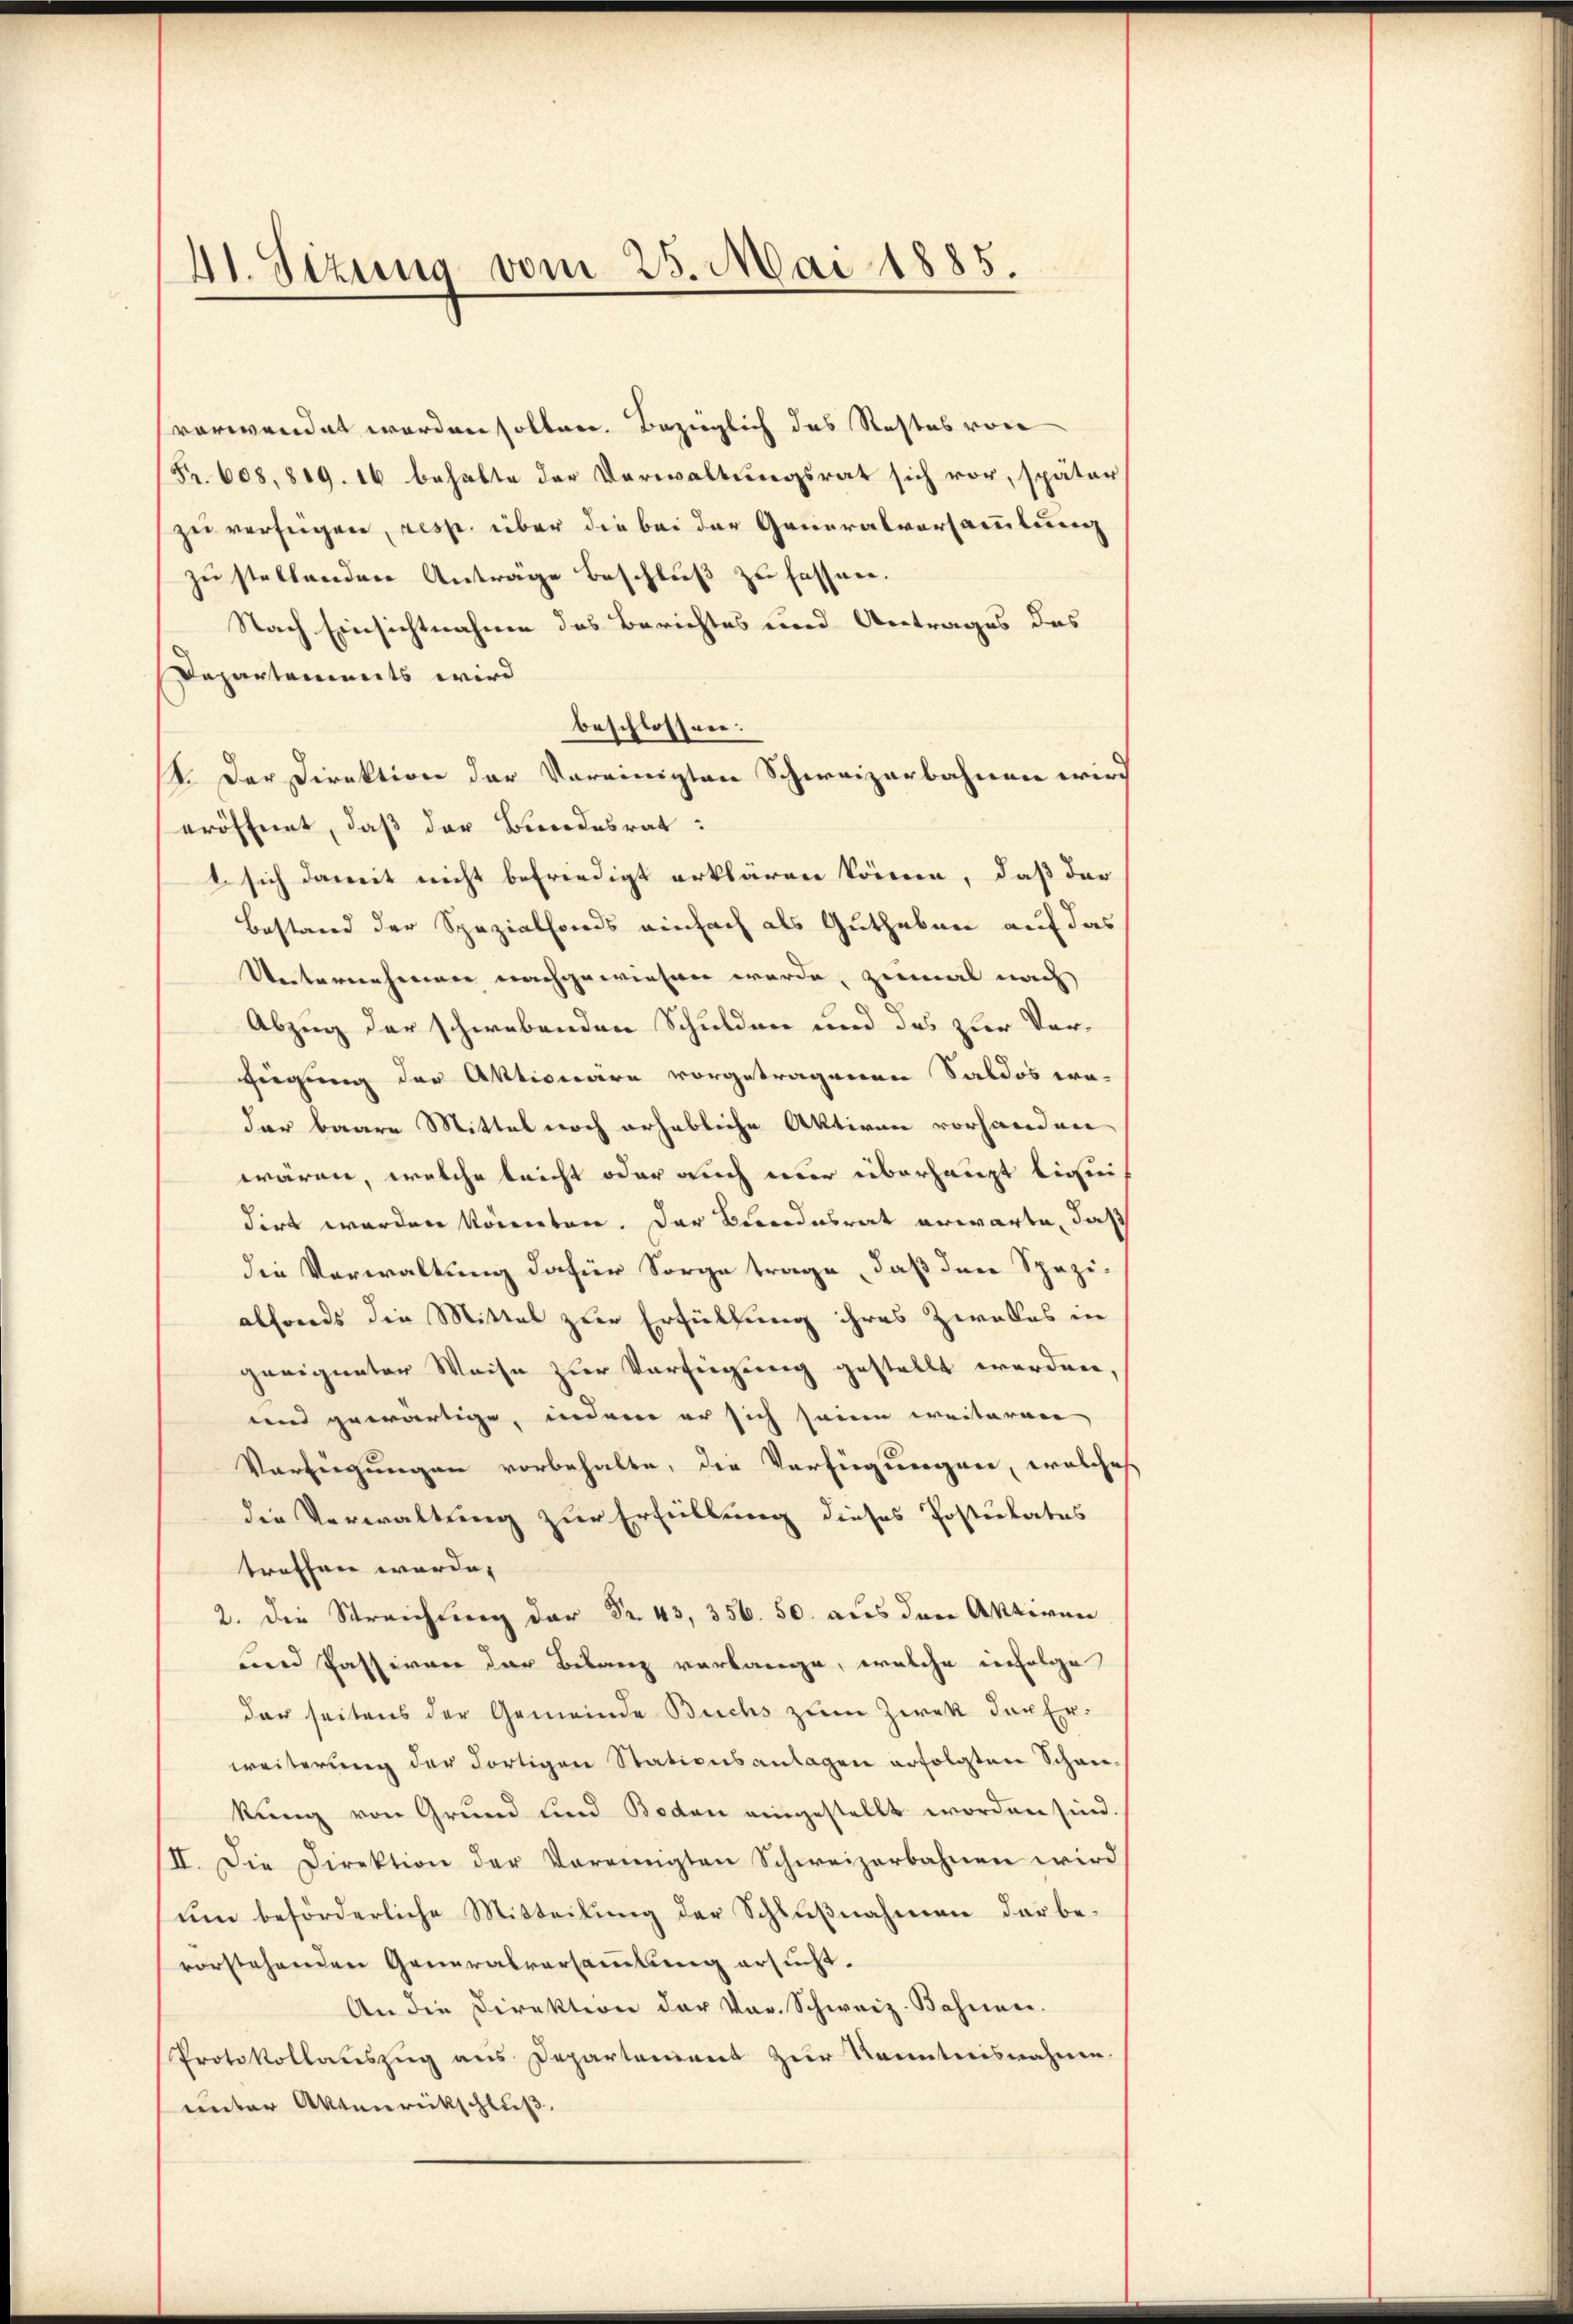
41. Sizung vom 25. Mai 1885.

verwendet worden sollen. Bezüglich das Restes von
Fr. 608, 819. 16 behalte der Verwaltungsrat sich vor, später
zu verfügen, resp. über die bei der Generalversammlung
zu stellenden Anträge beschluß zu fassen.
Nach Einsichtnahme des Berichtes und Antrages des
Departements wird
beschlossen:
I. Der Direktion der Vereinigten Schweizerbahnen wird
eröffnet, daß der Bundesrat:
1. sich damit nicht befriedigt erklären könne, daß der
Bestand der Spezialfonds einfach als Guthaben auf das
Unternehmen nachgewiesen werde, zumal nach
Abzug der schwebenden Schulden und das zur Vorfügung der Aktionaire vorgetragenen Saldos wa-
dar baare Mittel noch erhebliche Aktiven vorhanden
wären, welche leicht oder auch nur überhaupt liquidirt werden könnten. Der Bundesrat erwarte, daß
die Verwaltung dafür Sorge trage, daß den Spezialfonds die Mittel zur Erfüllung ihres Zwalles in
geeigneter Weise zur Verfügung gestellt worden,
und gewärtige, indem er sich seine weiteren
Verfügungen vorbehalte, die Verfügungen, welches
die Verwaltung zur Erfüllung dieses Postulates
troffen wurde.
2. die Streich 4.50 aus den Aktiven
und Passiven der Belang verlange, welche infolge
der seitens der Gemeinde Buchs zum Zwek der Erweiterung der dortigen Stationsanlagen erfolgten Schan-
kung von Grund und Boden eingestellt worden sind.
.
II. Die Direktion der Vereinigten Schweizerbahnen wird
um beförderliche Mitteilung der Schlußnahmen der bevorstehenden Generalversamlung ersucht.
An die Direktion der vor. Schweiz. Bahnen.
Protokollauszug aus Departement zur Kenntnisnahme.
unter Aktenrickschluß.